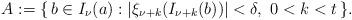
LaTeX: \begin{align*} A := \{\, b \in I_\nu (a) : |\xi_{\nu+k} (I_{\nu+k} (b))| < \delta,\ 0 < k < t \,\}. \end{align*}